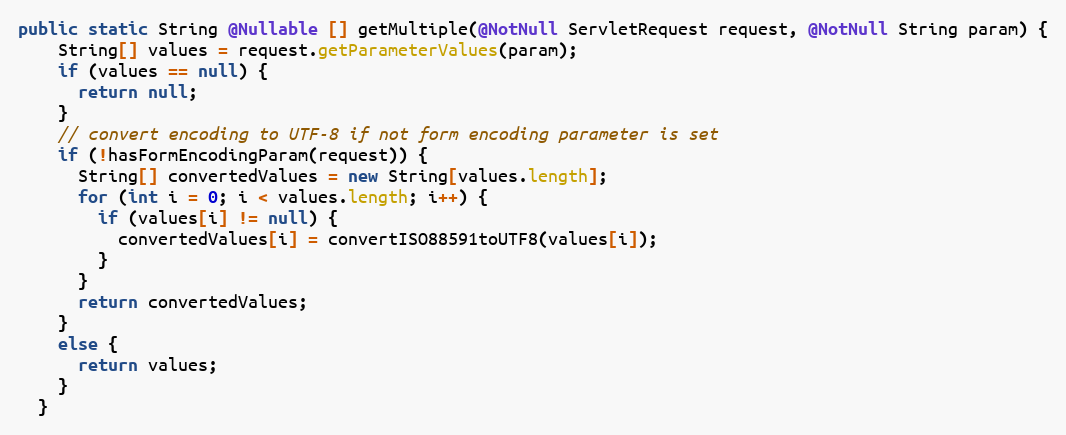
Language: Java
public static String @Nullable [] getMultiple(@NotNull ServletRequest request, @NotNull String param) {
    String[] values = request.getParameterValues(param);
    if (values == null) {
      return null;
    }
    // convert encoding to UTF-8 if not form encoding parameter is set
    if (!hasFormEncodingParam(request)) {
      String[] convertedValues = new String[values.length];
      for (int i = 0; i < values.length; i++) {
        if (values[i] != null) {
          convertedValues[i] = convertISO88591toUTF8(values[i]);
        }
      }
      return convertedValues;
    }
    else {
      return values;
    }
  }